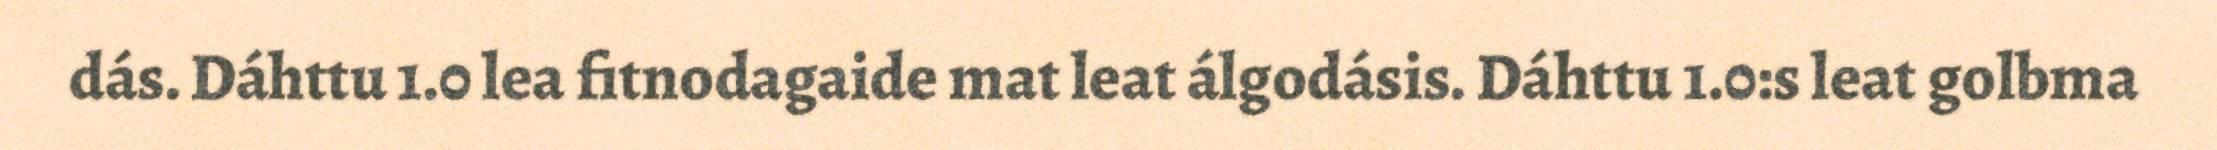
dás. Dáhttu 1.0 lea fitnodagaide mat leat álgodásis. Dáhttu 1.0:s leat golbma